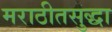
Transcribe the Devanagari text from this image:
मराठीतसुद्धा